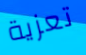
تعزية